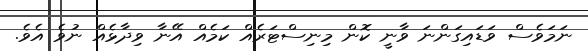
ނަމަވެސް ވަޑައިގަންނަ ވާނީ ކޮން މިނިސްޓަރެއް ކަމެއް އޭނާ ވިދާޅެއް ނުވެ އެވެ.